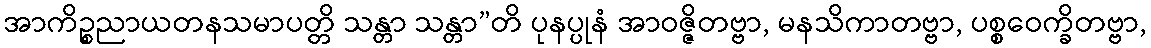
အာကိဉ္စညာယတနသမာပတ္တိ သန္တာ သန္တာ”တိ ပုနပ္ပုနံ အာဝဇ္ဇိတဗ္ဗာ, မနသိကာတဗ္ဗာ, ပစ္စဝေက္ခိတဗ္ဗာ,